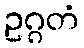
ဥဂ္ဂတံ